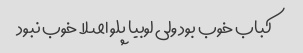
کباب خوب بود ولی لوبیا پلو اصلا خوب نبود